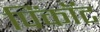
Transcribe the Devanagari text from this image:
पिंकॉट